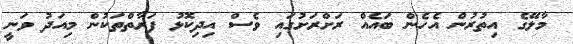
މާލޭގެ އިތުރުން އެހެން ބައެއް ރަށްރަށުގައި ވެސް އިދިކޮޅު ފަރާތްތަކުން މިއަދު ވަނީ